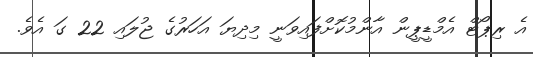
އެ ރިޕޯޓް އެމްޑީޕީން އާންމުކޮށްފައިވަނީ މިދިޔަ އަހަރުގެ ޖުލައި 22 ގަ އެވެ.